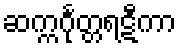
ဆက္ကင်္ဂုတ္တရဋီကာ